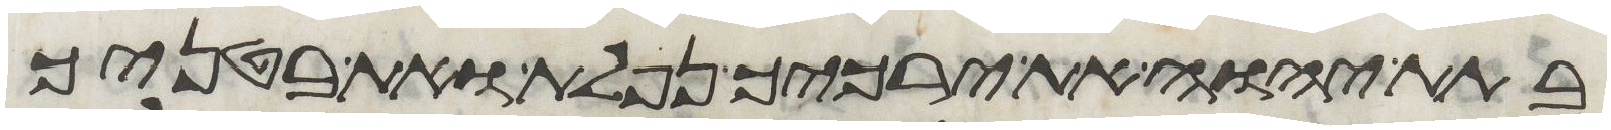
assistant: בתת יהוה את ירכיך נפלת ואת בטניך